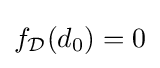
f_{\mathcal {D}}(d_{0})=0